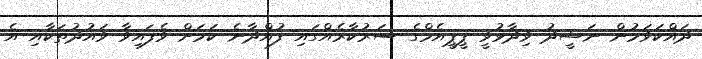
ދައްކަވަމުން ނަޝީދު ވިދާޅުވީ ޕީޕީއެމްގެ ސަރުކާރެއްގައި ފުއްދާނެ ކަމަށް ވެފައިވާ ވައުދުތަކާއި އެ